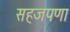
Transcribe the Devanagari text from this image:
सहजपणा